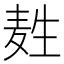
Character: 𪽂